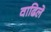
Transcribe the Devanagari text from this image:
वाढिले